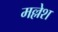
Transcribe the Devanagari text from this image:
मल्लेश